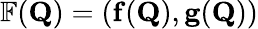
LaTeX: \mathbb{F}(\mathbf{Q})=\left(\mathbf{f}(\mathbf{Q}),\mathbf{g}(\mathbf{Q})\right)